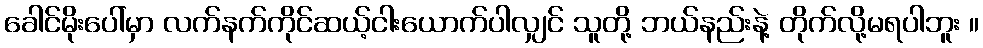
ခေါင်မိုးပေါ်မှာ လက်နက်ကိုင်ဆယ့်ငါးယောက်ပါလျှင် သူတို့ ဘယ်နည်းနဲ့ တိုက်လို့မရပါဘူး ။